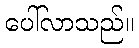
ပေါ်လာသည်။